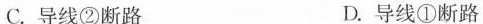
C.导线②断路 D.导线①断路